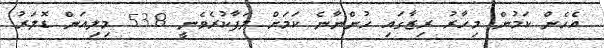
އެހެން ކަމުން މިހާރު ރިޒާގައި ހުންނާނެ ކަމަށް ލަފާކުރެވެނީ 53.8 މިލިއަން ޑޮލަރު